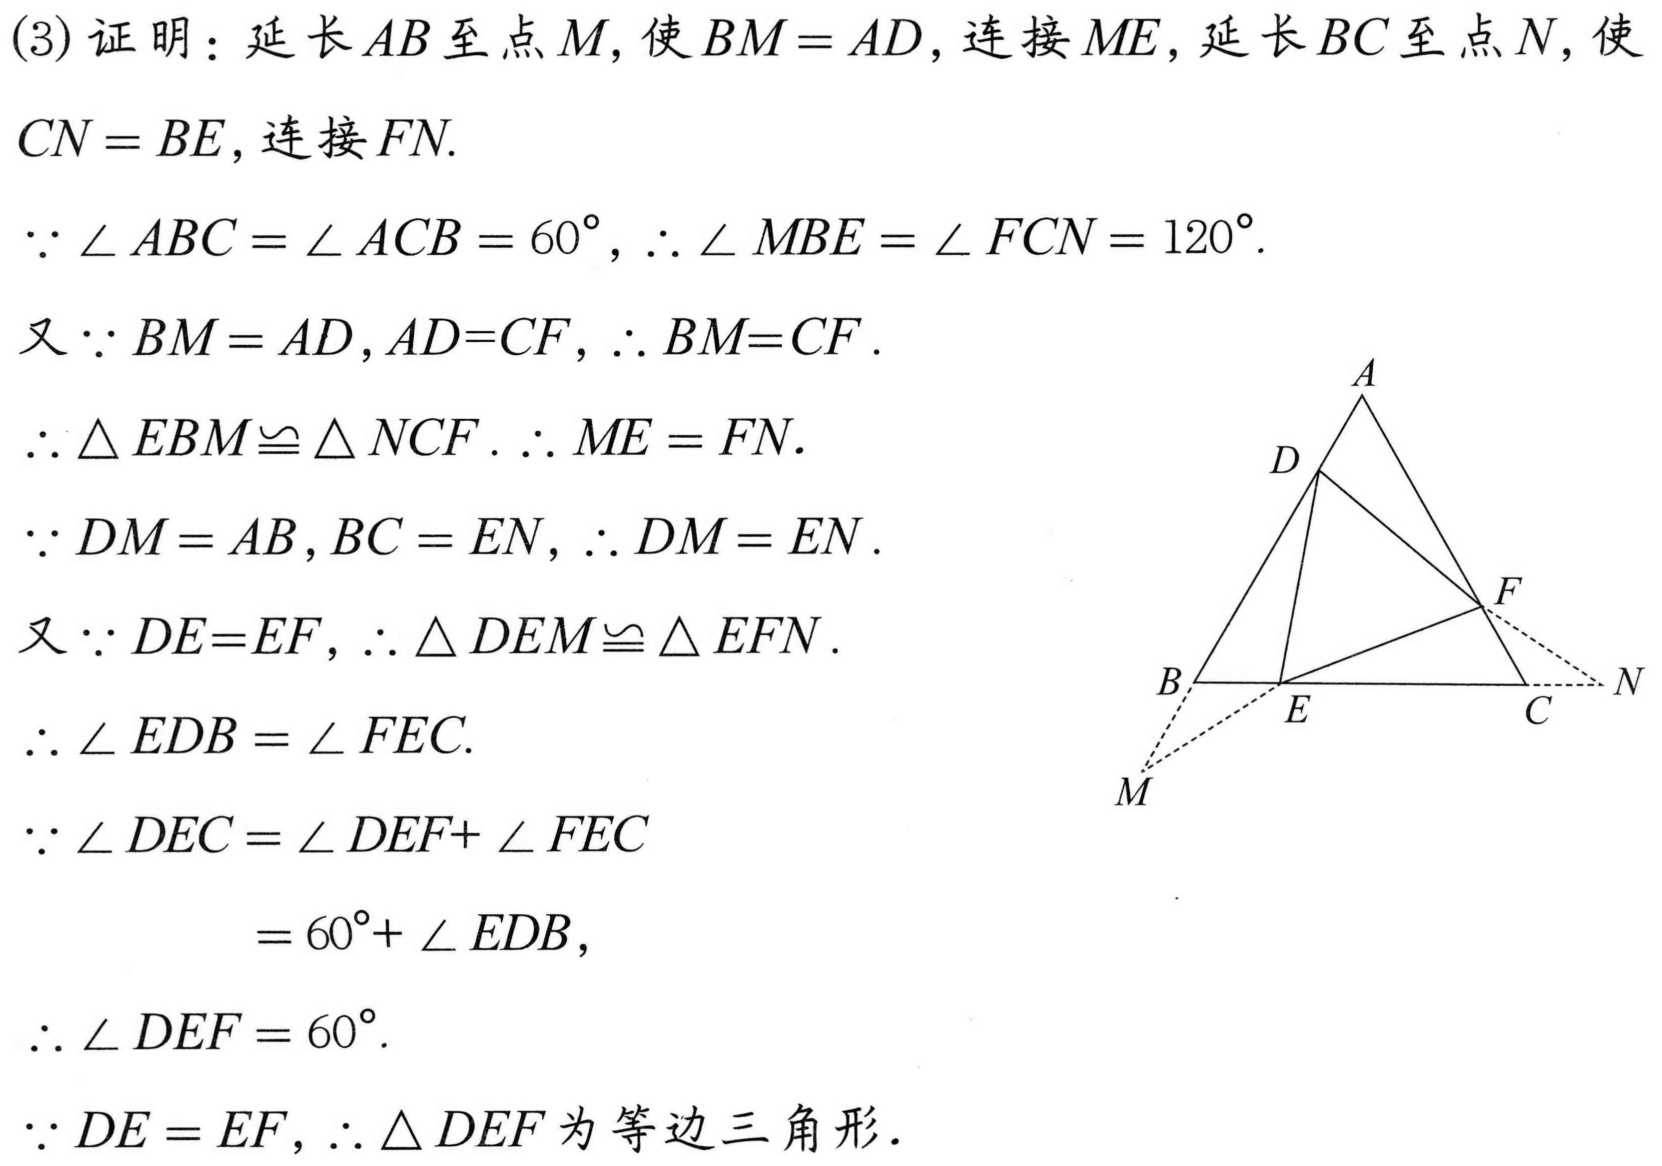
(3) 证明：延长$AB$至点$M$，使$BM = AD$，连接$ME$，延长$BC$至点$N$，使
$CN = BE$，连接$FN$.
$\because\angle ABC=\angle ACB = 60^{\circ}$，$\therefore\angle MBE=\angle FCN = 120^{\circ}$.
又$\because BM = AD$，$AD = CF$，$\therefore BM = CF$.
$\therefore\triangle EBM\cong\triangle NCF$. $\therefore ME = FN$.
$\because DM = AB$，$BC = EN$，$\therefore DM = EN$.
又$\because DE = EF$，$\therefore\triangle DEM\cong\triangle EFN$.
$\therefore\angle EDB=\angle FEC$.
$\because\angle DEC=\angle DEF+\angle FEC$
$=60^{\circ}+\angle EDB$，
$\therefore\angle DEF = 60^{\circ}$.
$\because DE = EF$，$\therefore\triangle DEF$为等边三角形．